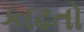
કાઢતો